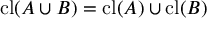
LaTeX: \operatorname { c l } ( A \cup B ) = \operatorname { c l } ( A ) \cup \operatorname { c l } ( B )